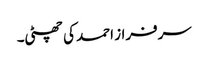
سرفراز احمد کی چھٹی۔